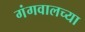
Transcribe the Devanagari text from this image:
गंगवालच्या